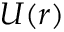
U ( r )